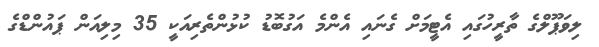
ލިވަޕޫލްގެ ތާރީހުގައި އެޓީމަށް ގެނައި އެންމެ އަގުބޮޑު ކުޅުންތެރިއަކީ 35 މިލިއަން ޕައުންޑްގެ